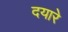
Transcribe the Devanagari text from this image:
दयारे